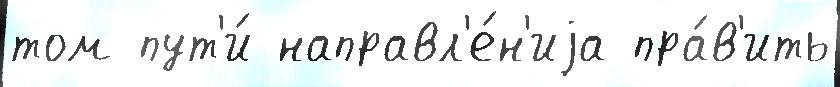
том пут'и́ направл'е́н'иjа пра́в'ить